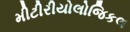
મીટીરીયોલોજિકલ